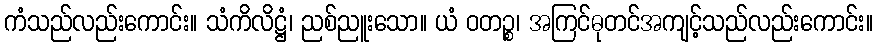
ကံသည်လည်းကောင်း။ သံကိလိဋ္ဌံ၊ ညစ်ညူးသော။ ယံ ဝတဉ္စ၊ အကြင်ဓုတင်အကျင့်သည်လည်းကောင်း။